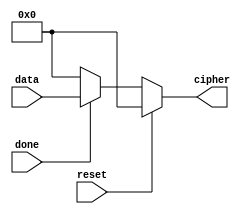
`timescale 1ns / 1ps
//////////////////////////////////////////////////////////////////////////////////
// Company: 
// Engineer: 
// 
// Design Name: 
// Module Name: register
// Project Name: 
// Target Devices: 
// Tool Versions: 
// Description: 
// 
// Dependencies: 
// 
// Revision:
// Revision 0.01 - File Created
// Additional Comments:
// 
//////////////////////////////////////////////////////////////////////////////////


module register(
    input done,
    input [127:0] data,
    input reset,
    output reg [127:0] cipher
    );
    always @(done,reset)
        if(reset)
            cipher = 0;
        else if(done)
            cipher = data;
        else
            cipher = 0;
endmodule